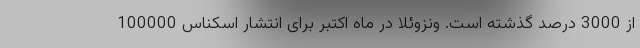
از 3000 درصد گذشته است. ونزوئلا در ماه اکتبر برای انتشار اسکناس 100000